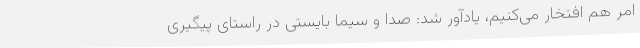
امر هم افتخار می‌کنیم، یادآور شد: صدا و سیما بایستی در راستای پیگیری